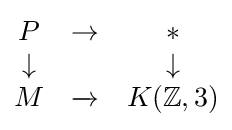
{\begin{matrix}P&\to &*\\\downarrow &&\downarrow \\M&\xrightarrow {} &K(\mathbb {Z} ,3)\end{matrix}}